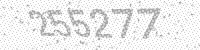
Solution: 255277